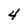
Character: 4